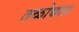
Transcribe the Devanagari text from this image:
तळोद्यात